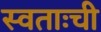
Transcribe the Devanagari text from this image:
स्वताःची